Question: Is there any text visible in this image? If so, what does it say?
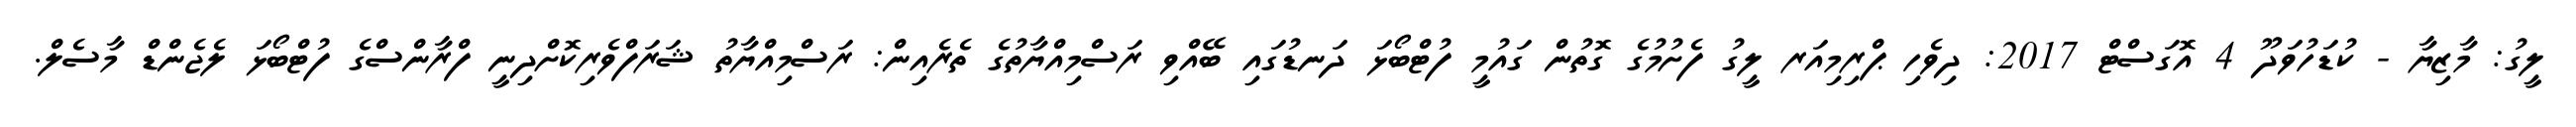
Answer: ލީގު: މާޒިޔާ - ކުޑަހުވަދޫ 4 އޮގަސްޓް 2017: ދިވެހި ޕްރިމިއަރ ލީގު ފެށުމުގެ ގޮތުން ގައުމީ ފުޓްބޯޅަ ދަނޑުގައި ބޭއްވި ރަސްމިއްޔާތުގެ ތެރެއިން: ރަސްމިއްޔާތު ޝަރަފްވެރިކޮށްދިނީ ފްރާންސްގެ ފުޓްބޯޅަ ލެޖެންޑް މާސެލް.